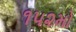
૧૫૨મો